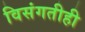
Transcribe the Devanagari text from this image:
विसंगतीही